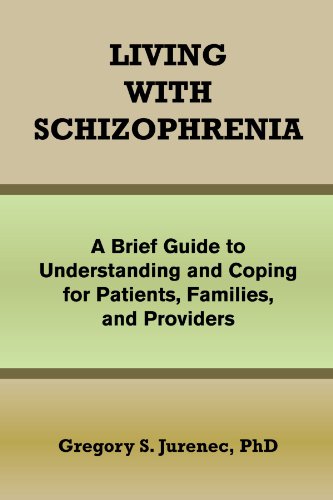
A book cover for Living with Schizophrenia: A Brief Guide to Understanding and Coping for Patients, Families, and Providers; Gregory S Jurenec; Health, Fitness & Dieting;